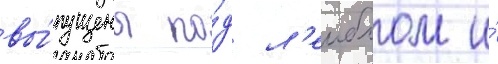
вы́пущены по́д л'еиблом и́